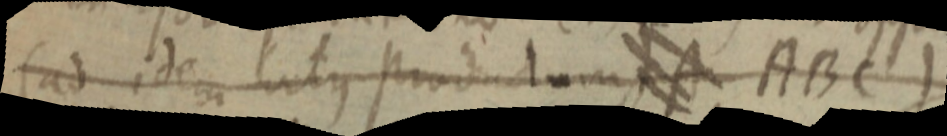
(ad idem atque productum _ ABC)